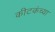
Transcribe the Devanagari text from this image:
कीटकंच्या